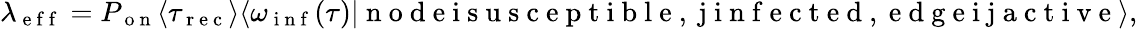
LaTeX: \lambda_{\mathrm{~e~f~f~}}=P_{\mathrm{~o~n~}}\langle\tau_{\mathrm{~r~e~c~}}\rangle\langle\omega_{\mathrm{~i~n~f~}}(\tau)|\mathrm{~n~o~d~e~i~s~u~s~c~e~p~t~i~b~l~e~,~j~i~n~f~e~c~t~e~d~,~e~d~g~e~i~j~a~c~t~i~v~e~}\rangle,